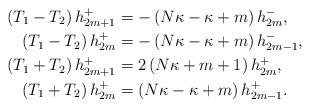
LaTeX: \begin{align*}\left( T_{1}-T_{2}\right) h_{2m+1}^{+} & =-\left( N\kappa-\kappa+m\right)h_{2m}^{-},\\\left( T_{1}-T_{2}\right) h_{2m}^{+} & =-\left( N\kappa-\kappa+m\right)h_{2m-1}^{-},\\\left( T_{1}+T_{2}\right) h_{2m+1}^{+} & =2\left( N\kappa+m+1\right)h_{2m}^{+},\\\left( T_{1}+T_{2}\right) h_{2m}^{+} & =\left( N\kappa-\kappa+m\right)h_{2m-1}^{+}.\end{align*}